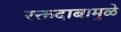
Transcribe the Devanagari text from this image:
रक्तदाबामुळे